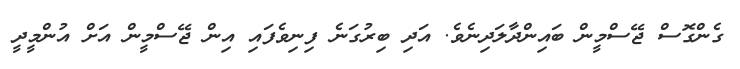
ގެންގޮސް ޖޭސްމީން ބައިންދާލަދިނެވެ. އަދި ބިރުގަނެ ފިނިވެެފައި އިން ޖޭސްމީން އަށް އުންމީދީ